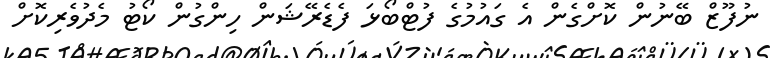
ނުފޫޒް ބޭނުން ކޮށްގެން އެ ގައުމުގެ ފުޓްބޯޅަ ފެޑެރޭޝަން ހިންގުން ކޯޓު މެދުވެރިކޮށް